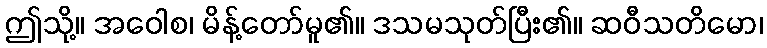
ဤသို့။ အဝေါစ၊ မိန့်တော်မူ၏။ ဒသမသုတ်ပြီး၏။ ဆဝီသတိမော၊